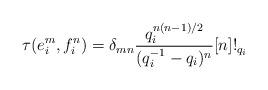
LaTeX: \begin{align*}\tau(e_i^m,f_i^n)=\delta_{mn}\frac{q_i^{n(n-1)/2}}{(q_i^{-1}-q_i)^n}[n]!_{q_i}\end{align*}